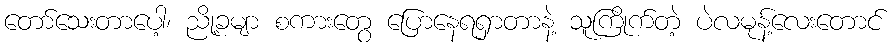
တော်သေးတာပေါ့၊ ညို့ခမျာ စကားတွေ ပြောနေရရှာတာနဲ့ သူကြိုက်တဲ့ ပဲလမုန့်လေးတောင်